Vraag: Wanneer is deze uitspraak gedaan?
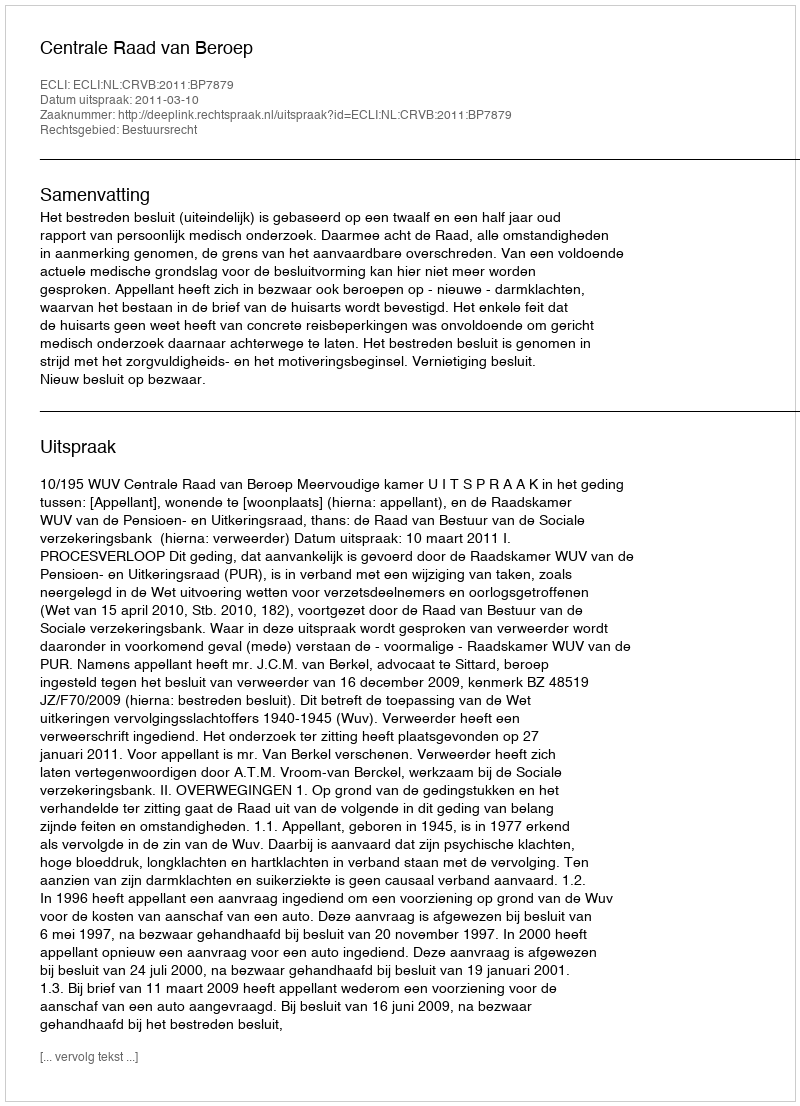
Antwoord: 2011-03-10